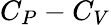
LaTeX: C_{P}-C_{V}